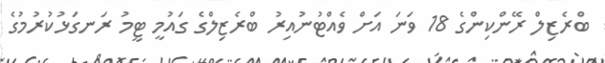
ބްރެޒިލް ރޭންކިންގެ 18 ވަނަ އަށް ވެއްޓުނުއިރު ބްރެޒިލްގެ ގައުމީ ޓީމު ރަނގަޅުކުރުމުގެ